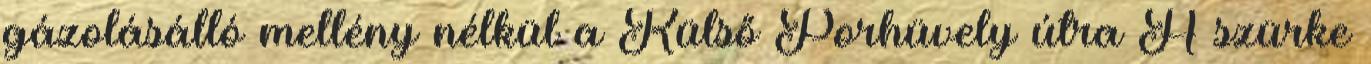
gázolásálló mellény nélkül a Külső Porhüvely útra A szürke